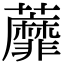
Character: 蘼